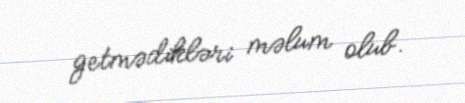
getmədikləri məlum olub.